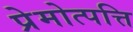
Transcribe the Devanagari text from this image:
प्रेमोत्पत्ति